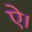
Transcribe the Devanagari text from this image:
ऐ।